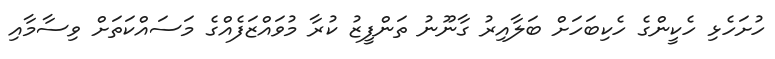
ހުށަހެޅި ހެކީންގެ ހެކިބަހަށް ބަލާއިރު ގާނޫނު ތަންފީޒު ކުރާ މުވައްޒަފެއްގެ މަސައްކަތަށް ވިސާމާއި